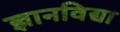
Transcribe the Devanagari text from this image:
ज्ञानविद्या